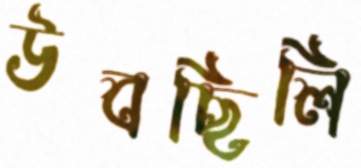
উবছিলি